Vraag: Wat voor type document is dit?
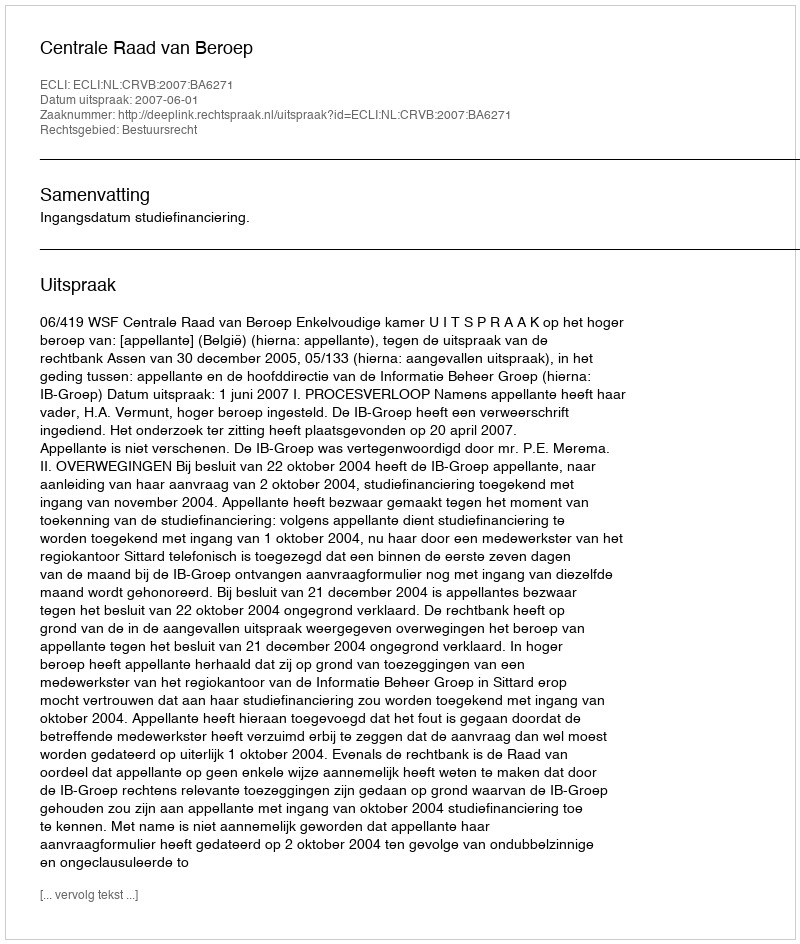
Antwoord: Uitspraak